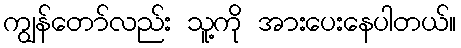
ကျွန်တော်လည်း သူ့ကို အားပေးနေပါတယ်။